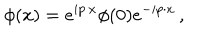
LaTeX: \phi ( x ) = e ^ { i p \cdot x } \phi ( 0 ) e ^ { - i p \cdot x } \, ,